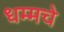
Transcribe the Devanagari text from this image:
धम्मचे